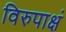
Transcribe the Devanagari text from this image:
विरुपाक्षं